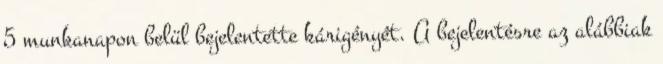
5 munkanapon belül bejelentette kárigényét. A bejelentésre az alábbiak